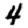
Digit: 4